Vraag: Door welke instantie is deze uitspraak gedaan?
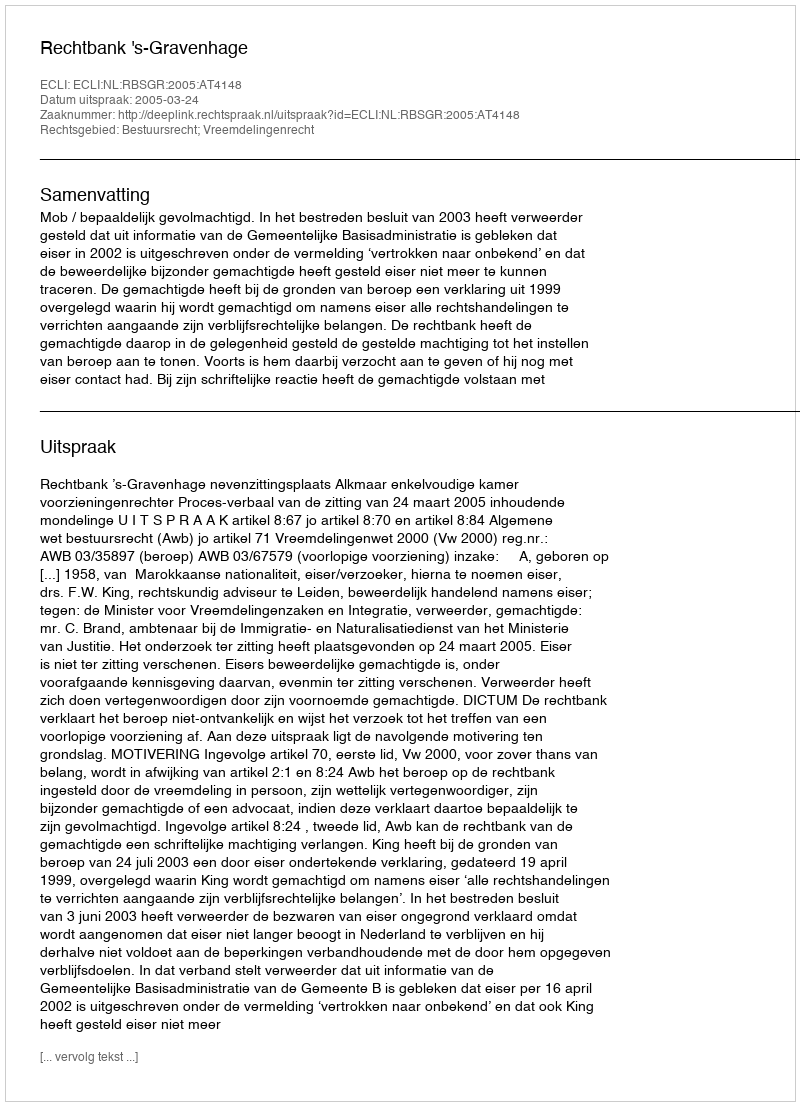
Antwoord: Rechtbank 's-Gravenhage